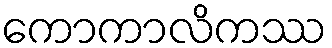
ကောကာလိကဿ